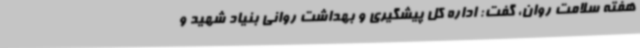
هفته سلامت روان، گفت: اداره کل پیشگیری و بهداشت روانی بنیاد شهید و